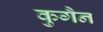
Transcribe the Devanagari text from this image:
कुगैन